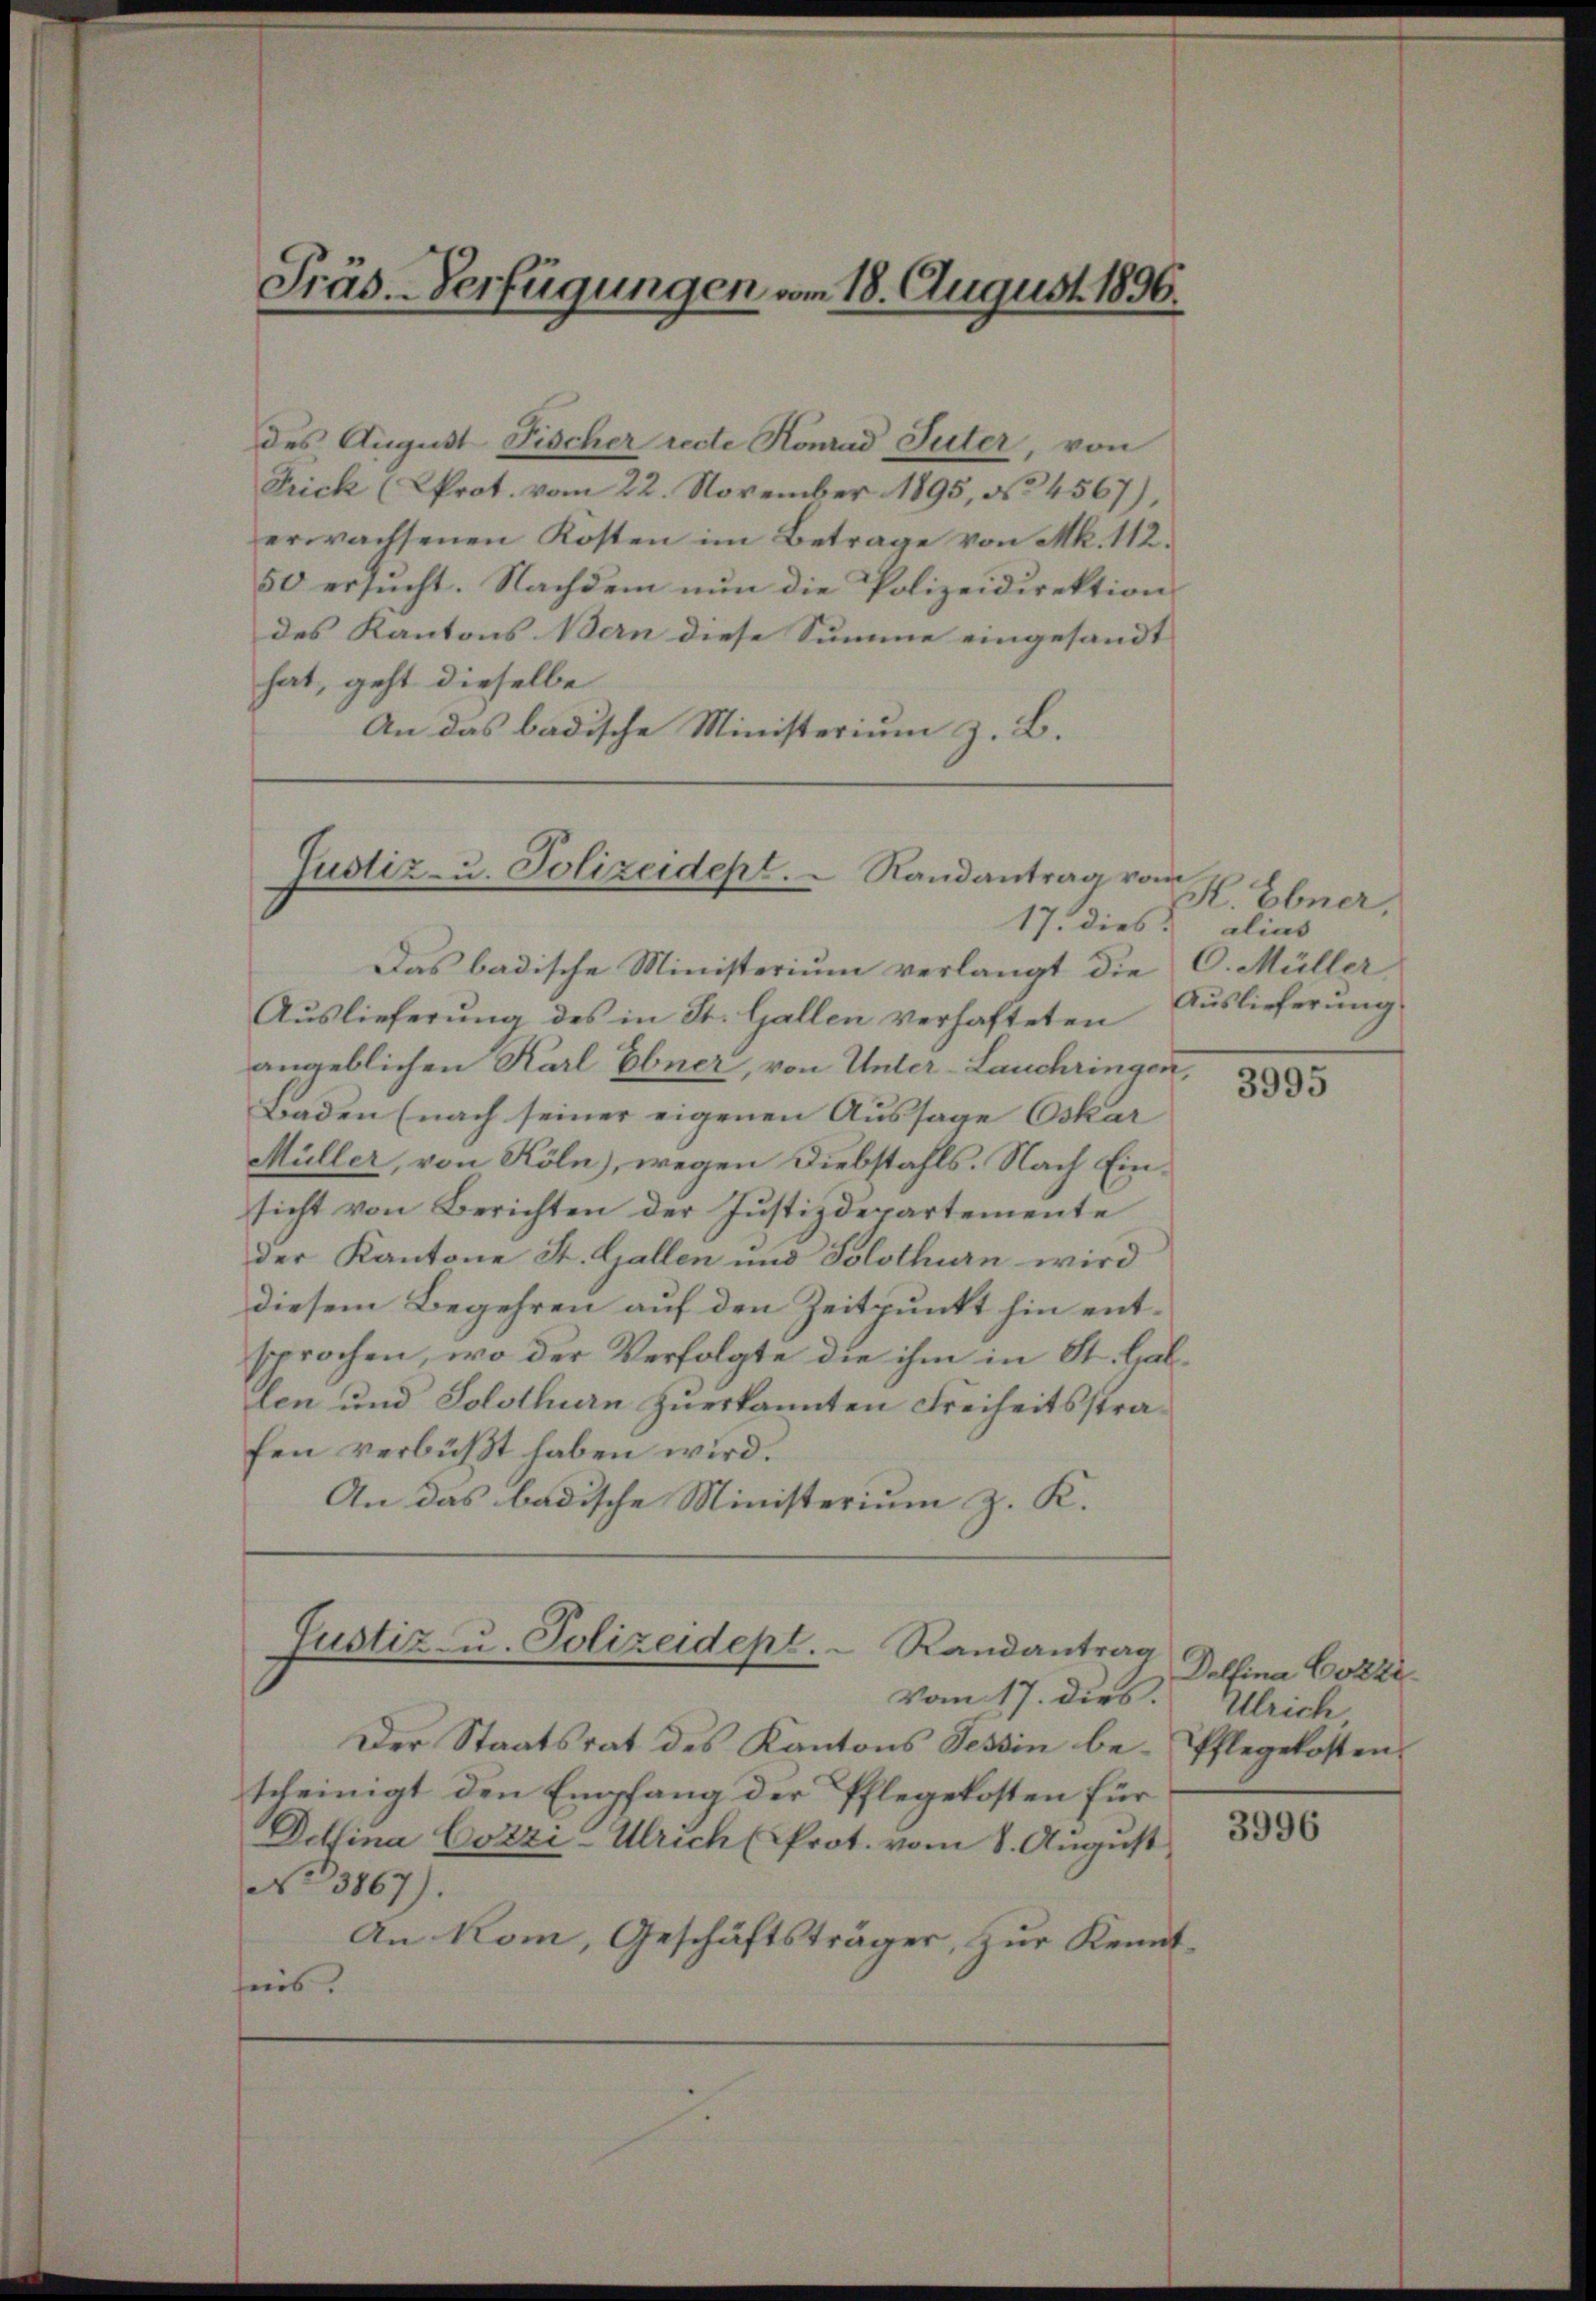
Präs.-Verfügungen vom 18. August 1896.

des August Fischer recte Konrad Suter, von
Prick (Prot. vom 22. November 1895, No 4567),
erwachsenen Kosten im Betrage von Mk. 112.
50 ersucht. Nachdem nun die Polizeidirektion
des Kantons Bern diese Summe eingesandt |
hat, geht dieselbe
An das badische Ministerium z. B.

Justiz- u. Polizeidept.  Randantrag vom
17. dies alias

Das badische Ministerium verlangt die
Auslieferung des in St. Gallen verhafteten
angeblichen Karl Ebner, von Unter-Lauchringen,
Baden (nach seiner eigenen Aussage Oskar
Müller, von Köln), wegen Diebstahls. Nach Einsicht von Berichten der Justizdepartemente
der Kantone St. Gallen und Solothurn wird
diesem Begehren auf den Zeitpunkt hin entsprochen, wo der Verfolgte die ihm in St. Gallen und Solothurn zuerkannten Freiheitsstrafen verbüßt haben wird.
An das badische Ministerium z. K.

Justiz- u. Polizeidept. Randantrag

K. Ebner,
C. Müller
Auslieferung

Vom 17. dies. Ulrich
Der Staatsrat des Kantons Tessin be-Pflegekosten
scheinigt den Empfang der Pflegekosten für
Delfina Cozzi-Ulrich (Prot. vom 8. Aŭgŭst
No 3867).
An Kom, Geschäftsträger, zur Kennttes.

3995

Delfina Cozzi

3996